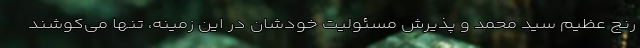
رنج عظیم سید محمد و پذیرش مسئولیت خودشان در این زمینه، تنها می‌کوشند